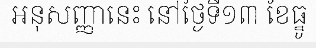
អនុសញ្ញានេះ នៅថ្ងៃទី១៣ ខែធ្នូ